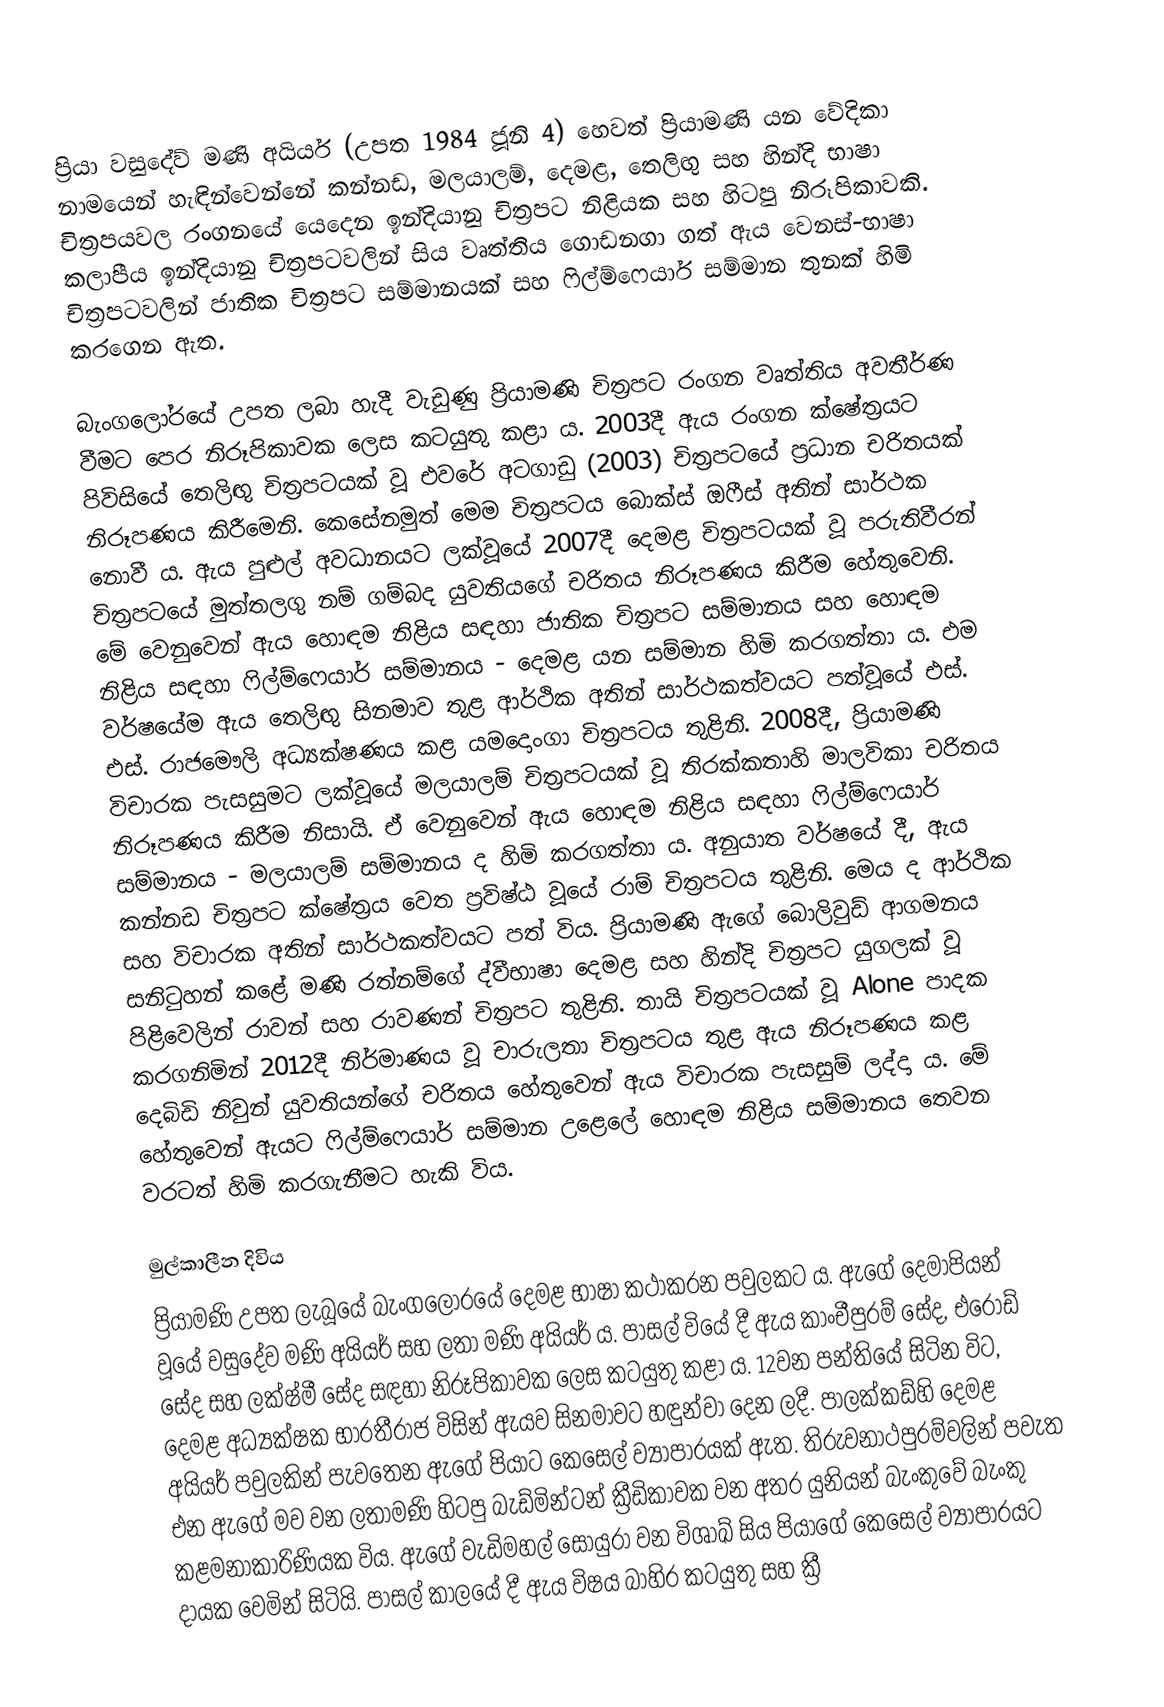
ප්‍රියා වසුදේව් මණි අයියර් (උපත 1984 ජූනි 4) හෙවත් ප්‍රියාමණි යන වේදිකා නාමයෙන් හැඳින්වෙන්නේ කන්නඩ, මලයාලම්, දෙමළ, තෙලිඟු සහ හින්දි භාෂා චිත්‍රපයවල රංග‍නයේ යෙදෙන ඉන්දියානු චිත්‍රපට නිළියක සහ හිටපු නිරූපිකාවකි. කලාපීය ඉන්දියානු චිත්‍රපටවලින් සිය වෘත්තිය ‍ගොඩනගා ගත් ඇය වෙනස්-භාෂා චිත්‍රපටවලින් ජාතික චිත්‍රපට සම්මානයක් සහ ෆිල්ම්ෆෙයාර් සම්මාන තුනක් හිමි කරගෙන ඇත.

බැංගලෝරයේ උපත ලබා හැදී වැඩුණු ප්‍රියාමණි චිත්‍රපට රංගන වෘත්තිය අවතීර්ණ වීමට පෙර නිරූපිකාවක ලෙස කටයුතු කළා ය. 2003දී ඇය රංගන ක්ෂේත්‍රයට පිවිසියේ තෙලිඟු චිත්‍රපටයක් වූ එවරේ අටගාඩු (2003) චිත්‍රපටයේ ප්‍රධාන චරිතයක් නිරූපණය කිරීමෙනි. කෙසේනමුත් මෙම චිත්‍රපටය බොක්ස් ඔෆීස් අතින් සාර්ථක නොවී ය. ඇය පුළුල් අවධානයට ලක්වූයේ 2007දී දෙමළ චිත්‍රපටයක් වූ පරුතිවීරන් චිත්‍රපටයේ මුත්තලගු නම් ගම්බද යුවතියගේ චරිතය නිරූපණය කිරීම හේතුවෙනි. මේ වෙනුවෙන් ඇය හොඳම නිළිය සඳහා ජාතික චිත්‍රපට සම්මානය සහ හොඳම නිළිය සඳහා ෆිල්ම්ෆෙයාර් සම්මානය - දෙමළ යන සම්මාන හිමි කරගත්තා ය. එම වර්ෂයේම ඇය තෙලිඟු සිනමාව තුළ ආර්ථික අතින් සාර්ථකත්වයට පත්වූයේ එස්. එස්. රාජමෞලි අධ්‍යක්ෂණය කළ යමදොංගා චිත්‍රපටය තුළිනි. 2008දී, ප්‍රියාමණි විචාරක පැසසුමට ලක්වූයේ මලයාලම් චිත්‍රපටයක් වූ තිරක්කතාහි මාලවිකා චරිතය නිරූපණය කිරීම නිසායි. ඒ වෙනුවෙන් ඇය හොඳම නිළිය සඳහා ෆිල්ම්ෆෙයාර් සම්මානය - මලයාලම් සම්මානය ද හිමි කරගත්තා ය. අනුයාත වර්ෂයේ දී, ඇය කන්නඩ චිත්‍රපට ක්ෂේත්‍රය වෙත ප්‍රවිෂ්ඨ වූයේ රාම් චිත්‍රපටය තුළිනි. මෙය ද ආර්ථික සහ විචාරක අතින් සාර්ථකත්වයට පත් විය. ප්‍රියාමණි ඇගේ බොලිවුඩ් ආගමනය සනිටුහන් කළේ මණි රත්නම්ගේ ද්වීභාෂා දෙමළ සහ හින්දි චිත්‍රපට යුගලක් වූ පිළිවෙලින් රාවන් සහ රාවණන් චිත්‍රපට තුළිනි. තායි චිත්‍රපටයක් වූ Alone පාදක කරගනිමින් 2012දී නිර්මාණය වූ චාරුලතා චිත්‍රපටය තුළ ඇය නිරූපණය කළ දෙබිඩි නිවුන් යුවතියන්ගේ චරිතය හේතුවෙන් ඇය විචාරක පැසසුම් ලද්දා ය. මේ හේතුවෙන් ඇයට ෆිල්ම්ෆෙයාර් සම්මාන උළෙලේ හොඳම නිළිය සම්මානය තෙවන වරටත් හිමි කරගැනීමට හැකි විය.

මුල්කාලීන දිවිය
ප්‍රියාමණි උපත ලැබූයේ බැංගලෝරයේ දෙමළ භාෂා කථාකරන පවුලකට ය. ඇගේ දෙමාපියන් වූයේ වසුදේව මණි අයියර් සහ ලතා මණි අයියර් ය. පාසල් වියේ දී ඇය කාංචීපුරම් සේද, එරෝඩ් සේද සහ ලක්ෂ්මී සේද සඳහා නිරූපිකාවක ලෙස කටයුතු කළා ය. 12වන පන්තියේ සිටින විට, දෙමළ අධ්‍යක්ෂක භාරතීරාජ විසින් ඇයව සිනමාවට හඳුන්වා දෙන ලදී. පාලක්කඩ්හි දෙමළ අයියර් පවුලකින් පැවතෙන ඇගේ පියාට කෙසෙල් ව්‍යාපාරයක් ඇත. තිරුවනාථපුරම්වලින් පවැත එන ඇගේ මව වන ලතාමණි හිටපු බැඩ්මින්ටන් ක්‍රීඩිකාවක වන අතර යුනියන් බැංකුවේ බැංකු කළමනාකාරිණියක විය. ඇගේ වැඩිමහල් සොයුරා වන විශාඛ් සිය පියාගේ කෙසෙල් ව්‍යාපාරයට දායක වෙමින් සිටියි. පාසල් කාලයේ දී ඇය විෂය බාහිර කටයුතු සහ ක්‍රී